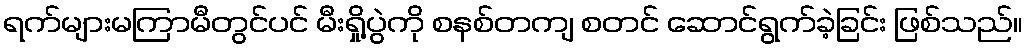
ရက်များမကြာမီတွင်ပင် မီးရှို့ပွဲကို စနစ်တကျ စတင် ဆောင်ရွက်ခဲ့ခြင်း ဖြစ်သည်။